Report on inoculation in the plague infected areas of the Punjab and its dependencies from October 1900 to September 1901
Year: 1900
Disease focus: Plague
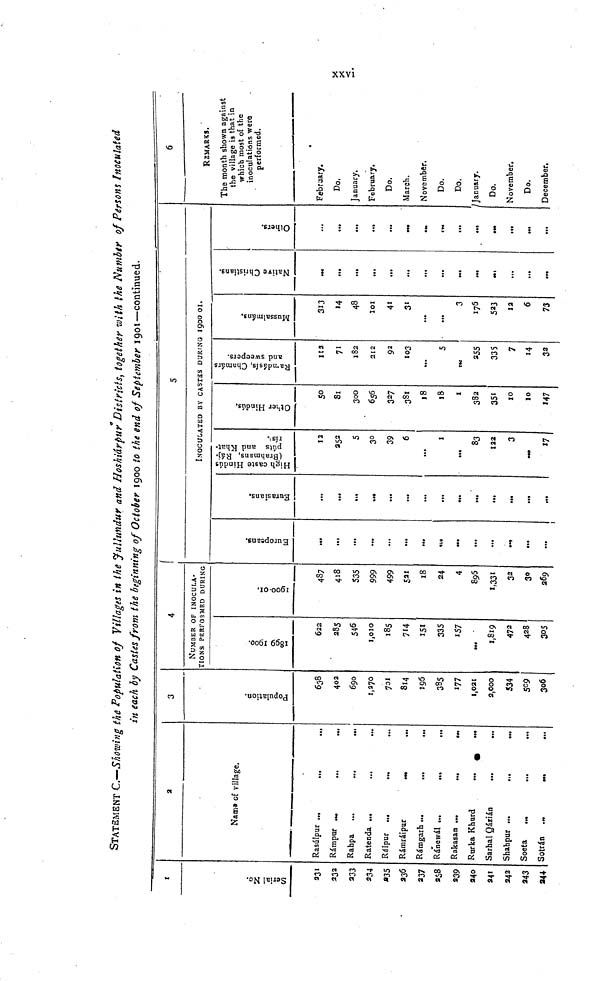
xxvi
STATEMENT C—Showing the Population of Villages in the Jullundur and Hoshiárpur Districts, together with the Number of Persons Inoculated
in each by Castes from the beginning of October 1900 to the end of September 1901—continued.
1
Serial No.
231
232
233
234
235
236
237
238
239
240
241
242
243
244
2
Name of village.
Rasúlpur
Rámpur
Rahpa
Ratenda
Ráipur
Rámráipur
Rámgarh
Ránewál
Rakasan
Rurka Khurd
Sarhal Qázián
Shahpur
Soeta
Sotrán
3
Population.
638
402
690
1,270
701
814
196
385
177
1,021
2,000
534
509
306
4
NUMBER OF I NOCULATI ONS PERFORMED DURING
1899-1900.
622
28s
546
1,010
185
714
151
335
157
1,819
472
428
305
1900-01.
487
418
535
999
499
521
18
24
4
896
1,331
32
30
269
Europeans.
...
...
...
...
...
...
...
...
...
...
I
Eurasians.
...
...
...
...
...
...
...
...
...
...
5
INOCULATED BY CASTES DURING 1900 01.
High caste Hindús (Brahmins, Rájpúts and Khatrís.)
12
352
S
30
39
6
...
1
...
83
122
3
Other Hindús.
50
81
300
656
327
381
18
18
1
382
351
10
10
147
Ramdásis, Chamárs and sweepers.
112
71
182
212
93
103
...
5
255
335
7
32
Mussalmáns.
313
14
48
101
41
31
...
...
3
176
523
12
6
73
Native Christians.
...
...
...
...
...
...
...
...
...
...
...
Others.
...
...
...
...
...
...
...
6
REMARKS.
The month shown against
the village is that in
which most of the
inoculations were
performed.
February.
Do.
January.
February.
Do.
March.
November.
Do.
Do.
January.
Do.
November.
Do.
December.